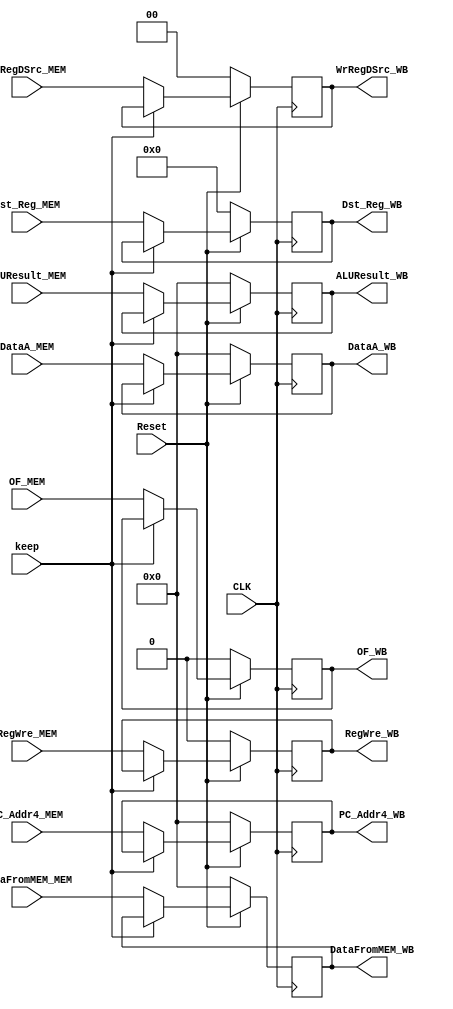
`timescale 1ns / 1ps
//////////////////////////////////////////////////////////////////////////////////
// Company: 
// Engineer: 
// 
// Design Name: 
// Module Name: MEM_WB
// Project Name: 
// Target Devices: 
// Tool Versions: 
// Description: 
// 
// Dependencies: 
// 
// Revision:
// Revision 0.01 - File Created
// Additional Comments:
// 
//////////////////////////////////////////////////////////////////////////////////


module MEM_WB(
    input CLK,
    input Reset,
    input keep,
    input RegWre_MEM,
    input [4:0] Dst_Reg_MEM,
    input [1:0] WrRegDSrc_MEM,
    input [31:0] DataA_MEM,
    input [31:0] ALUResult_MEM,
    input [31:0] DataFromMEM_MEM,
    input [31:0] PC_Addr4_MEM,
    input OF_MEM,
    output reg RegWre_WB,
    output reg [4:0] Dst_Reg_WB,
    output reg [1:0] WrRegDSrc_WB,
    output reg [31:0] DataA_WB,
    output reg [31:0] ALUResult_WB,
    output reg [31:0] DataFromMEM_WB,
    output reg [31:0] PC_Addr4_WB,
    output reg OF_WB
    );
    initial begin
        RegWre_WB <=0;
        Dst_Reg_WB <=0;
        WrRegDSrc_WB <=0;
        DataA_WB <=0;
        ALUResult_WB <=0;
        DataFromMEM_WB <=0;
        PC_Addr4_WB <=0;  
        OF_WB <= 0;     
    end
    
    always@(negedge CLK) begin
        if(!Reset) begin
            RegWre_WB <=0;
            Dst_Reg_WB <=0;
            WrRegDSrc_WB <=0;
            DataA_WB <=0;
            ALUResult_WB <=0;
            DataFromMEM_WB <=0;
            PC_Addr4_WB <=0; 
            OF_WB <= 0;
        end
        else if(keep) begin
            RegWre_WB <=RegWre_WB;
            Dst_Reg_WB <=Dst_Reg_WB;
            WrRegDSrc_WB <=WrRegDSrc_WB;
            DataA_WB <= DataA_WB;
            ALUResult_WB <=ALUResult_WB;
            DataFromMEM_WB <=DataFromMEM_WB;
            PC_Addr4_WB <=PC_Addr4_WB; 
            OF_WB <= OF_WB;           
        end
        else begin
            RegWre_WB <=RegWre_MEM;
            Dst_Reg_WB <=Dst_Reg_MEM;
            WrRegDSrc_WB <=WrRegDSrc_MEM;
            DataA_WB <= DataA_MEM;
            ALUResult_WB <=ALUResult_MEM;
            DataFromMEM_WB <=DataFromMEM_MEM;
            PC_Addr4_WB <=PC_Addr4_MEM;
            OF_WB <= OF_MEM;
        end     
    end
endmodule